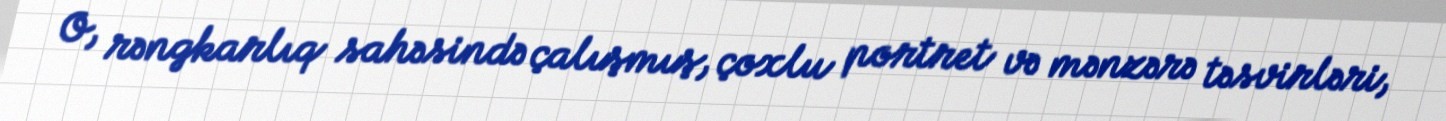
O, rəngkarlıq sahəsində çalışmış, çoxlu portret və mənzərə təsvirləri,